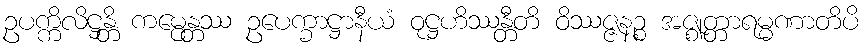
ဥပက္ကိလိဋ္ဌန္တိ ကမ္ပေန္တဿ ဥပေက္ခာဋ္ဌာနီယံ ဝုဋ္ဌဟိဿန္တီတိ ဝိဿဇ္ဇနဉ္စ အဇ္ဈတ္တာရမ္မဏာတိပိ